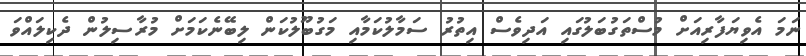
ނަމަ އެވިޔަފާރިއަށް މުސްތަގުބަލުގައި އަދިވެސް އިތުރު ސަމާލުކަމާއި މަގުބޫލުކަން ލިބޭނެކަމަށް މުރާސިލުން ދެކިލައްވަ